Report of the Municipal Commissioner on the plague in Bombay for the year ending 31st May... - Volume 3
Disease focus: Plague
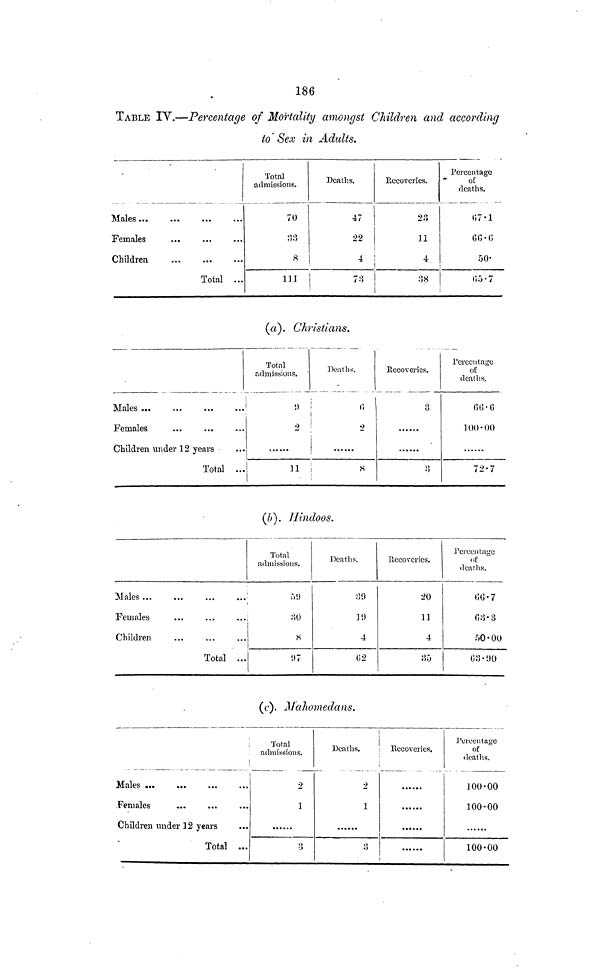
186
TABLE IV.—Percentage of Mortality amongst Children and according
to' Sex in Adults.
Males...
Females
...
Children
Total ...
Total
admissions.
70
33
8
111
Deaths.
47
22
4
73
Recoveries.
23
11
4
38
Percentage
o£
deaths.
66.6
50
(a). Christians.
Males ...
Females
Children under 12 years
Total ...
Total
admissions.
2
11
I
Deaths
i 6
2
8
Recoveries.
3
i)
Percentage
of
deaths.
100-00
72.7
(b). Hindoos.
Females
Children
Total ...
Total
admissions.
51)
30
8
1)7
Deaths.
30
19
4
02
Recoveries.
20
n
4
35
Percentage
of
deaths.
50.00
(C). Mahomedans.
Males ...
Females
Children under 12 years
Total ...
Total
admissions.
2
]
•3
Deaths.
2
1
0
Recoveries.
Percentage
of
deaths.
100.00
100.00
100.00